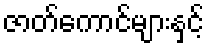
ဇာတ်ကောင်များနှင့်